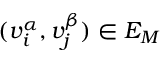
( v _ { i } ^ { \alpha } , v _ { j } ^ { \beta } ) \in E _ { M }